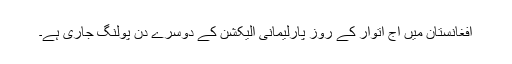
افغانستان میں آج اتوار کے روز پارلیمانی الیکشن کے دوسرے دن پولنگ جاری ہے۔